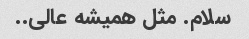
سلام. مثل همیشه عالی..